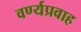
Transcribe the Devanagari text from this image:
वर्ण्यप्रवाह